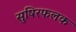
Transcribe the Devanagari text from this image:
सुषिरफलक